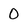
Character: O